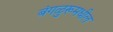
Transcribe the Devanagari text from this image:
बंगळुरूमधील